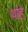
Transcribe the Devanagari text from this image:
थाहे